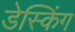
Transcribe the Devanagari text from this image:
डेस्किंग